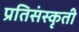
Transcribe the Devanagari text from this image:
प्रतिसंस्कृती